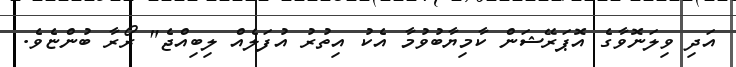
އަދި ވިލަނޮވާގެ އޮޕަރޭޝަން ކާމިޔާބުވުމާ އެކު އިތުރު އުފަލެއް ލިބިއްޖެ" ރޯރާ ބުންޏެވެ.